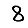
Digit: 8